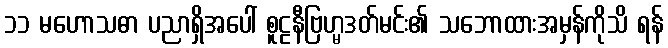
၁၁ မဟောသဓာ ပညာရှိအပေါ် စူဠနီဗြဟ္မဒတ်မင်း၏ သဘောထားအမှန်ကိုသိ ရန်